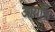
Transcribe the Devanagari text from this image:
आयति